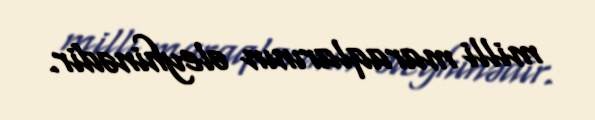
milli maraqlarının əleyhinədir.